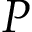
P